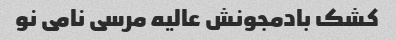
کشک بادمجونش عالیه مرسی نامی نو